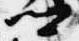
卿